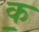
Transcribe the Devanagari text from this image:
क॒